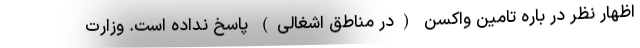
اظهار نظر در باره تامین واکسن (در مناطق اشغالی) پاسخ نداده است. وزارت